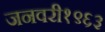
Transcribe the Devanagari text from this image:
जनवरी१९६३